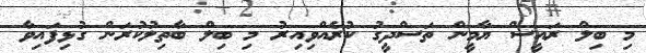
މި ބިލް ރައީސް ޔާމީން ތަސްދީގު ކުރެއްވިއިރު މި ބިލް ބާތިލުކުރަން ގުޅިފައިވާ